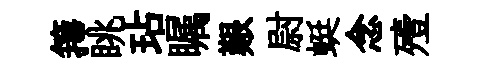
籜眺玷瞩艱尉蜓念殪